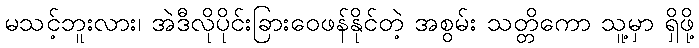
မသင့်ဘူးလား၊ အဲဒီလိုပိုင်းခြားဝေဖန်နိုင်တဲ့ အစွမ်း သတ္တိကော သူ့မှာ ရှိဖို့